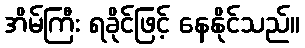
အိမ်ကြီး ရခိုင်ဖြင့် နေနိုင်သည်။